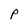
Character: P